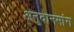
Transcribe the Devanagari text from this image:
अनुदानमांग